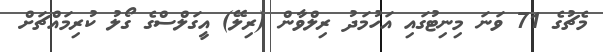
މެޗުގެ 71 ވަނަ މިނިޓުގައި އަހުމަދު ރިލްވާން (ރިލޭ) އީގަލްސްގެ ގޯލު ކުރިމައްޗަށް